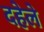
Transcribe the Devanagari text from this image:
दहेले